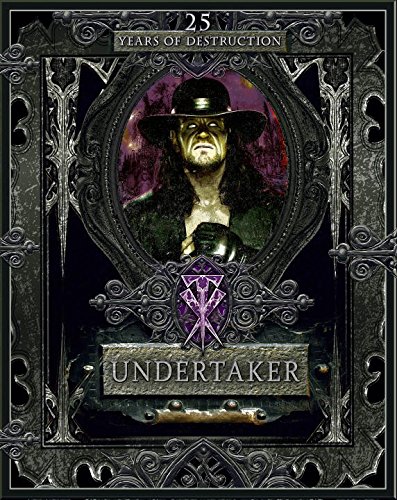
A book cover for Undertaker: 25 Years of Destruction; Kevin Sullivan; Humor & Entertainment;